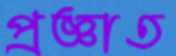
প্রজ্ঞাত